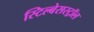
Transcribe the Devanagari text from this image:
स्टिल्बेसस्ट्रॉल